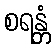
စရန္တံ